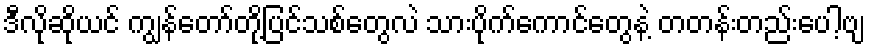
ဒီလိုဆိုယင် ကျွန်တော်တို့ပြင်သစ်တွေလဲ သားပိုက်ကောင်တွေနဲ့ တတန်းတည်းပေါ့ဗျ